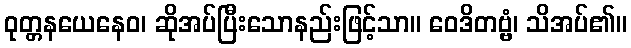
ဝုတ္တနယေနေဝ၊ ဆိုအပ်ပြီးသောနည်းဖြင့်သာ။ ဝေဒိတဗ္ဗံ၊ သိအပ်၏။